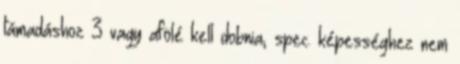
támadáshoz 3 vagy afölé kell dobnia, spec. képességhez nem